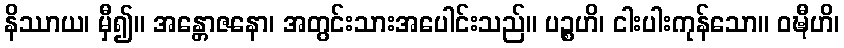
နိဿာယ၊ မှီ၍။ အန္တောဇနော၊ အတွင်းသားအပေါင်းသည်။ ပဉ္စဟိ၊ ငါးပါးကုန်သော။ ဝဍ္ဎီဟိ၊